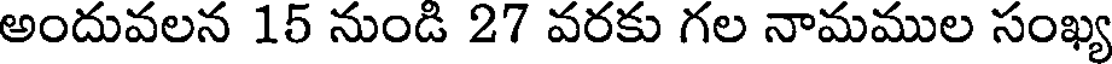
అందువలన 15 నుండి 27 వరకు గల నామముల సంఖ్య